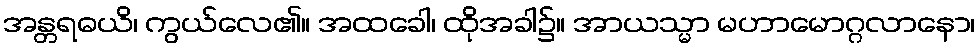
အန္တရဓယိ၊ ကွယ်လေ၏။ အထခေါ၊ ထိုအခါ၌။ အာယသ္မာ မဟာမောဂ္ဂလာနော၊